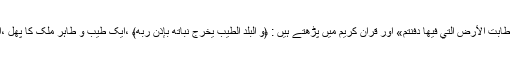
اسی بنا پر زیارت نامے میں ہم پڑھتے ہیں: «طِبْتُمْ وَ طَابَتِ الْأَرْضُ الَّتِي فِيهَا دُفِنْتُمْ» اور قرآن کریم میں پڑھتے ہیں : ﴿وَ الْبَلَدُ الطَّيِّبُ يَخْرُجُ نَباتُهُ بِإِذْنِ رَبِّهِ﴾ ،ایک طیب و طاہر ملک کا پھل ،استقلال ،امنیت ، آزادی اور عقل اور عدل مداری ہے ۔